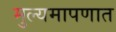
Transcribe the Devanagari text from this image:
मुल्यमापणात